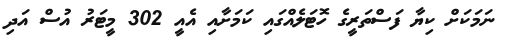
ނަމަކަށް ކިޔާ ފަސްތަރީގެ ހޮޓަލެއްގައި ކަމަށާއި އެއީ 302 މީޓަރު އުސް އަދި